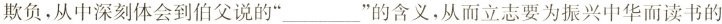
欺负，从中深刻体会到伯父的”___”的含义，从而立志要为振兴中华而读书的